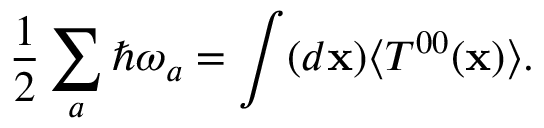
{ \frac { 1 } { 2 } } \sum _ { a } \hbar \omega _ { a } = \int ( d { \bf x } ) \langle T ^ { 0 0 } ( { \bf x } ) \rangle .